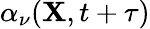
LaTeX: \alpha_{\nu}({\mathbf X},t+\tau)